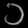
Digit: ၁